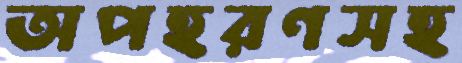
অপহরণসহ